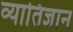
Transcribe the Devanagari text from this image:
व्यातिज्ञान